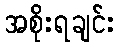
အစိုးရချင်း